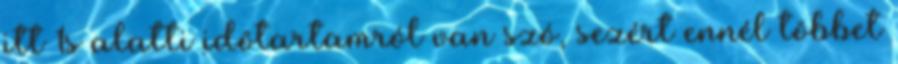
itt 1s alatti idõtartamról van szó, sezért ennél többet